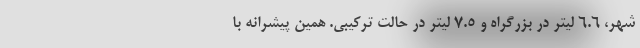
شهر، 6.6 لیتر در بزرگراه و 7.5 لیتر در حالت ترکیبی. همین پیشرانه با